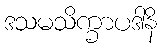
ဒသမသိက္ခာပဒါနိ